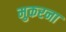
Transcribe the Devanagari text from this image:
मुकरना